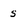
Character: s